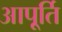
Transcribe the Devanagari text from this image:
आपू्र्ति